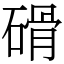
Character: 磆